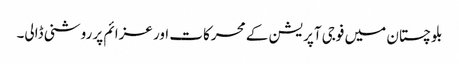
بلوچستان میں فوجی آپریشن کے محرکات اور عزائم پر روشنی ڈالی۔